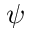
\psi